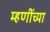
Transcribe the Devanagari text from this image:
म्हणींच्या